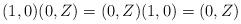
LaTeX: \begin{align*}(1,0)(0,Z)=(0,Z)(1,0)=(0,Z)\end{align*}